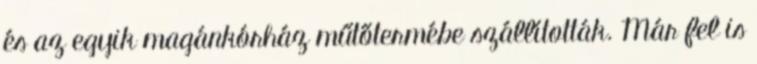
és az egyik magánkórház műtőtermébe szállították. Már fel is